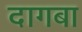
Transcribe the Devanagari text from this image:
दागबा